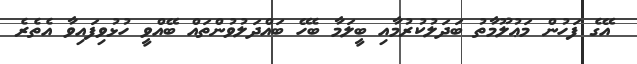
އޭގެ ފަހުން މަޢުލޫމާތު ބަދަލުކުރުމާއި ބީލަމާ ބެހޭ ބައްދަލުވުންތައް ބޭއްވީ ހުޅުވިފައިވާ އެތެރެ